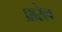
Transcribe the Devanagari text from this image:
फ़रेल